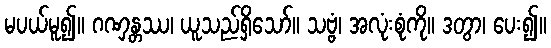
မပယ်မူ၍။ ဂဏှန္တဿ၊ ယူသည်ရှိသော်။ သဗ္ဗံ၊ အလုံးစုံကို။ ဒတွာ၊ ပေး၍။